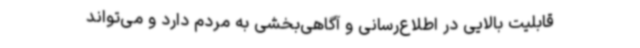
قابلیت بالایی در اطلاع‌رسانی و آگاهی‌بخشی به مردم دارد و می‌تواند